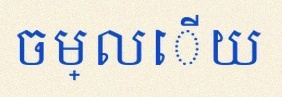
ចម្លើយ